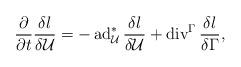
LaTeX: \begin{align*}\frac{\partial}{\partial t}\frac{\delta l}{\delta \mathcal{U}}=-\operatorname{ad}^*_\mathcal{U}\frac{\delta l}{\delta \mathcal{U}}+\operatorname{div}^\Gamma \frac{\delta l}{\delta \Gamma},\end{align*}